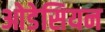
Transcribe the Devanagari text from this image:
ओडेसियन